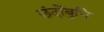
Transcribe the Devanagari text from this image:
छंदोंबुधि